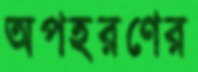
অপহরণের